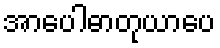
အာပေါဓာတုယာပေ